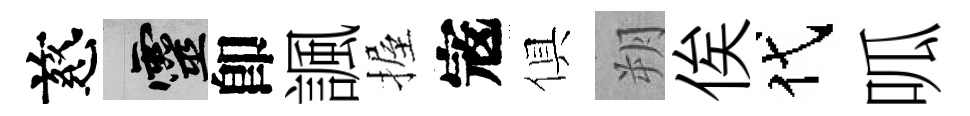
慈靈卽諷握𡨥俱朔俟代呱